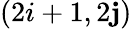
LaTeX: (2i+1,2\mathbf{j})